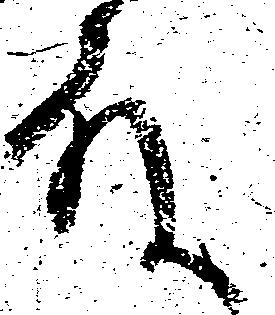
殿